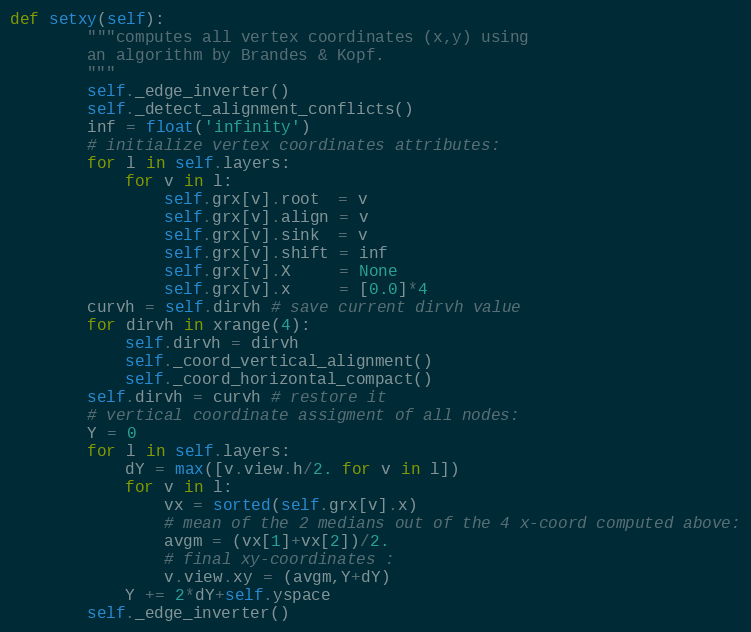
Language: Python
def setxy(self):
        """computes all vertex coordinates (x,y) using
        an algorithm by Brandes & Kopf.
        """
        self._edge_inverter()
        self._detect_alignment_conflicts()
        inf = float('infinity')
        # initialize vertex coordinates attributes:
        for l in self.layers:
            for v in l:
                self.grx[v].root  = v
                self.grx[v].align = v
                self.grx[v].sink  = v
                self.grx[v].shift = inf
                self.grx[v].X     = None
                self.grx[v].x     = [0.0]*4
        curvh = self.dirvh # save current dirvh value
        for dirvh in xrange(4):
            self.dirvh = dirvh
            self._coord_vertical_alignment()
            self._coord_horizontal_compact()
        self.dirvh = curvh # restore it
        # vertical coordinate assigment of all nodes:
        Y = 0
        for l in self.layers:
            dY = max([v.view.h/2. for v in l])
            for v in l:
                vx = sorted(self.grx[v].x)
                # mean of the 2 medians out of the 4 x-coord computed above:
                avgm = (vx[1]+vx[2])/2.
                # final xy-coordinates :
                v.view.xy = (avgm,Y+dY)
            Y += 2*dY+self.yspace
        self._edge_inverter()